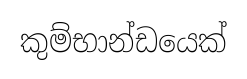
කුම්භාන්ඩයෙක්